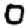
Digit: 0